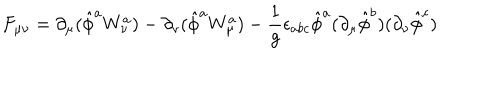
F _ { \mu \nu } = \partial _ { \mu } ( \hat { \phi } ^ { a } W _ { \nu } ^ { a } ) - \partial _ { \nu } ( \hat { \phi } ^ { a } W _ { \mu } ^ { a } ) - { \frac { 1 } { g } } \epsilon _ { a b c } \hat { \phi } ^ { a } ( \partial _ { \mu } \hat { \phi } ^ { b } ) ( \partial _ { \nu } \hat { \phi } ^ { c } )